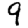
Digit: 9